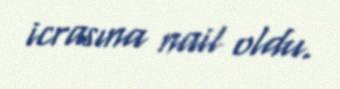
icrasına nail oldu.